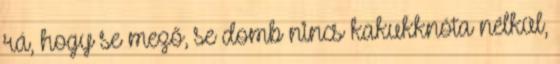
rá, hogy se mező, se domb nincs kakukknóta nélkül,